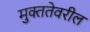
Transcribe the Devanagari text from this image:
मुक्ततेवरील